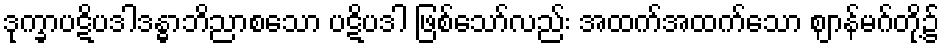
ဒုက္ခာပဋိပဒါဒန္ဓာဘိညာစသော ပဋိပဒါ ဖြစ်သော်လည်း အထက်အထက်သော ဈာန်မဂ်တို့၌